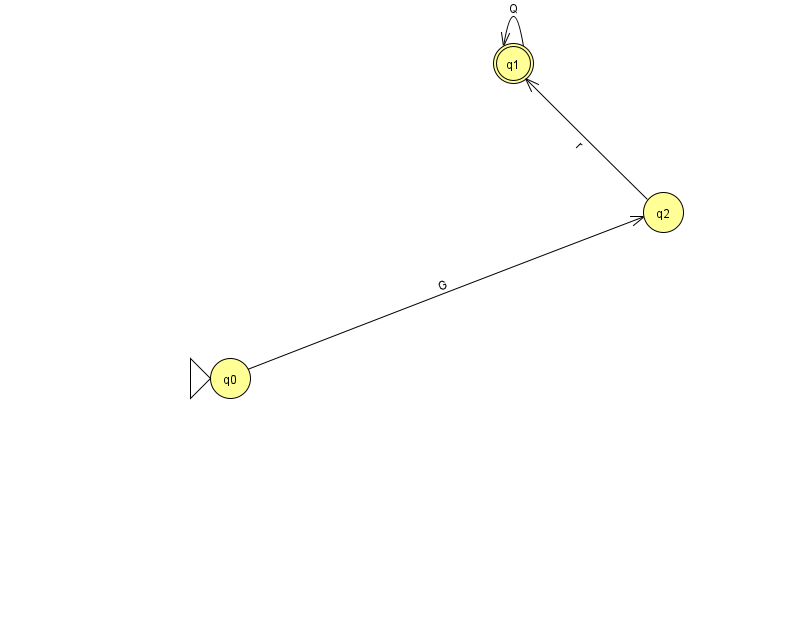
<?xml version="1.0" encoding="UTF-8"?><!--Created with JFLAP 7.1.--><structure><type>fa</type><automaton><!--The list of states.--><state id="0" name="q0"><x>230.0</x><y>365.0</y><initial/></state><state id="1" name="q1"><x>513.0</x><y>50.0</y><final/></state><state id="2" name="q2"><x>663.0</x><y>199.0</y></state><!--The list of transitions.--><transition><from>2</from><to>1</to><read>r</read></transition><transition><from>1</from><to>1</to><read>Q</read></transition><transition><from>0</from><to>2</to><read>G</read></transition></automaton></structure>